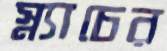
স্ন্যাচের